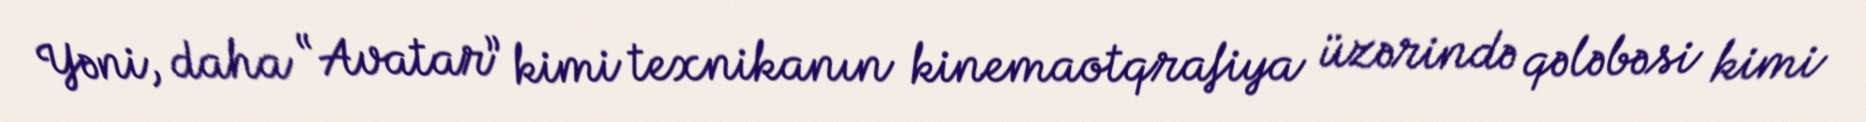
Yəni, daha “Avatar” kimi texnikanın kinemaotqrafiya üzərində qələbəsi kimi